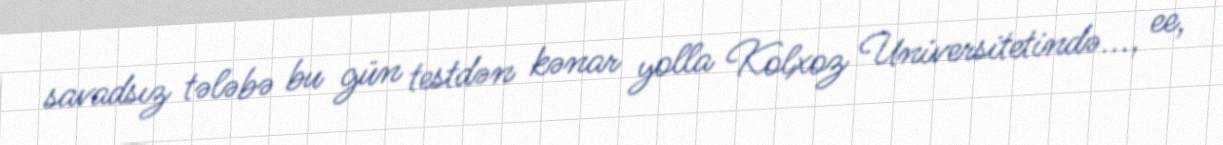
savadsız tələbə bu gün testdən kənar yolla Kolxoz Universitetində..., ee,